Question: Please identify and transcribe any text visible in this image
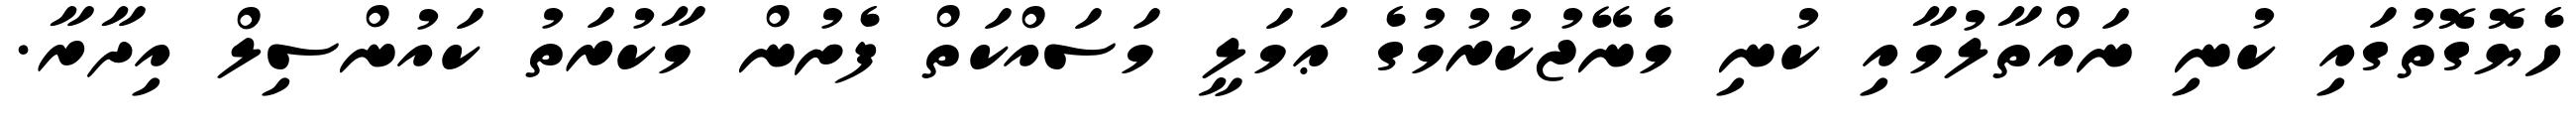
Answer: ހެޔޮގޮތުގައި ކުނި ނައްތާލުމާއި ކުނި މެނޭޖުކުރުމުގެ ޢަމަލީ މަސައްކަތް ފެށުން މާކުރަތު ކައުންސިލް އިދާރާ.